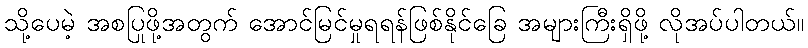
သို့ပေမဲ့ အစပြုဖို့အတွက် အောင်မြင်မှုရရန်ဖြစ်နိုင်ခြေ အများကြီးရှိဖို့ လိုအပ်ပါတယ်။